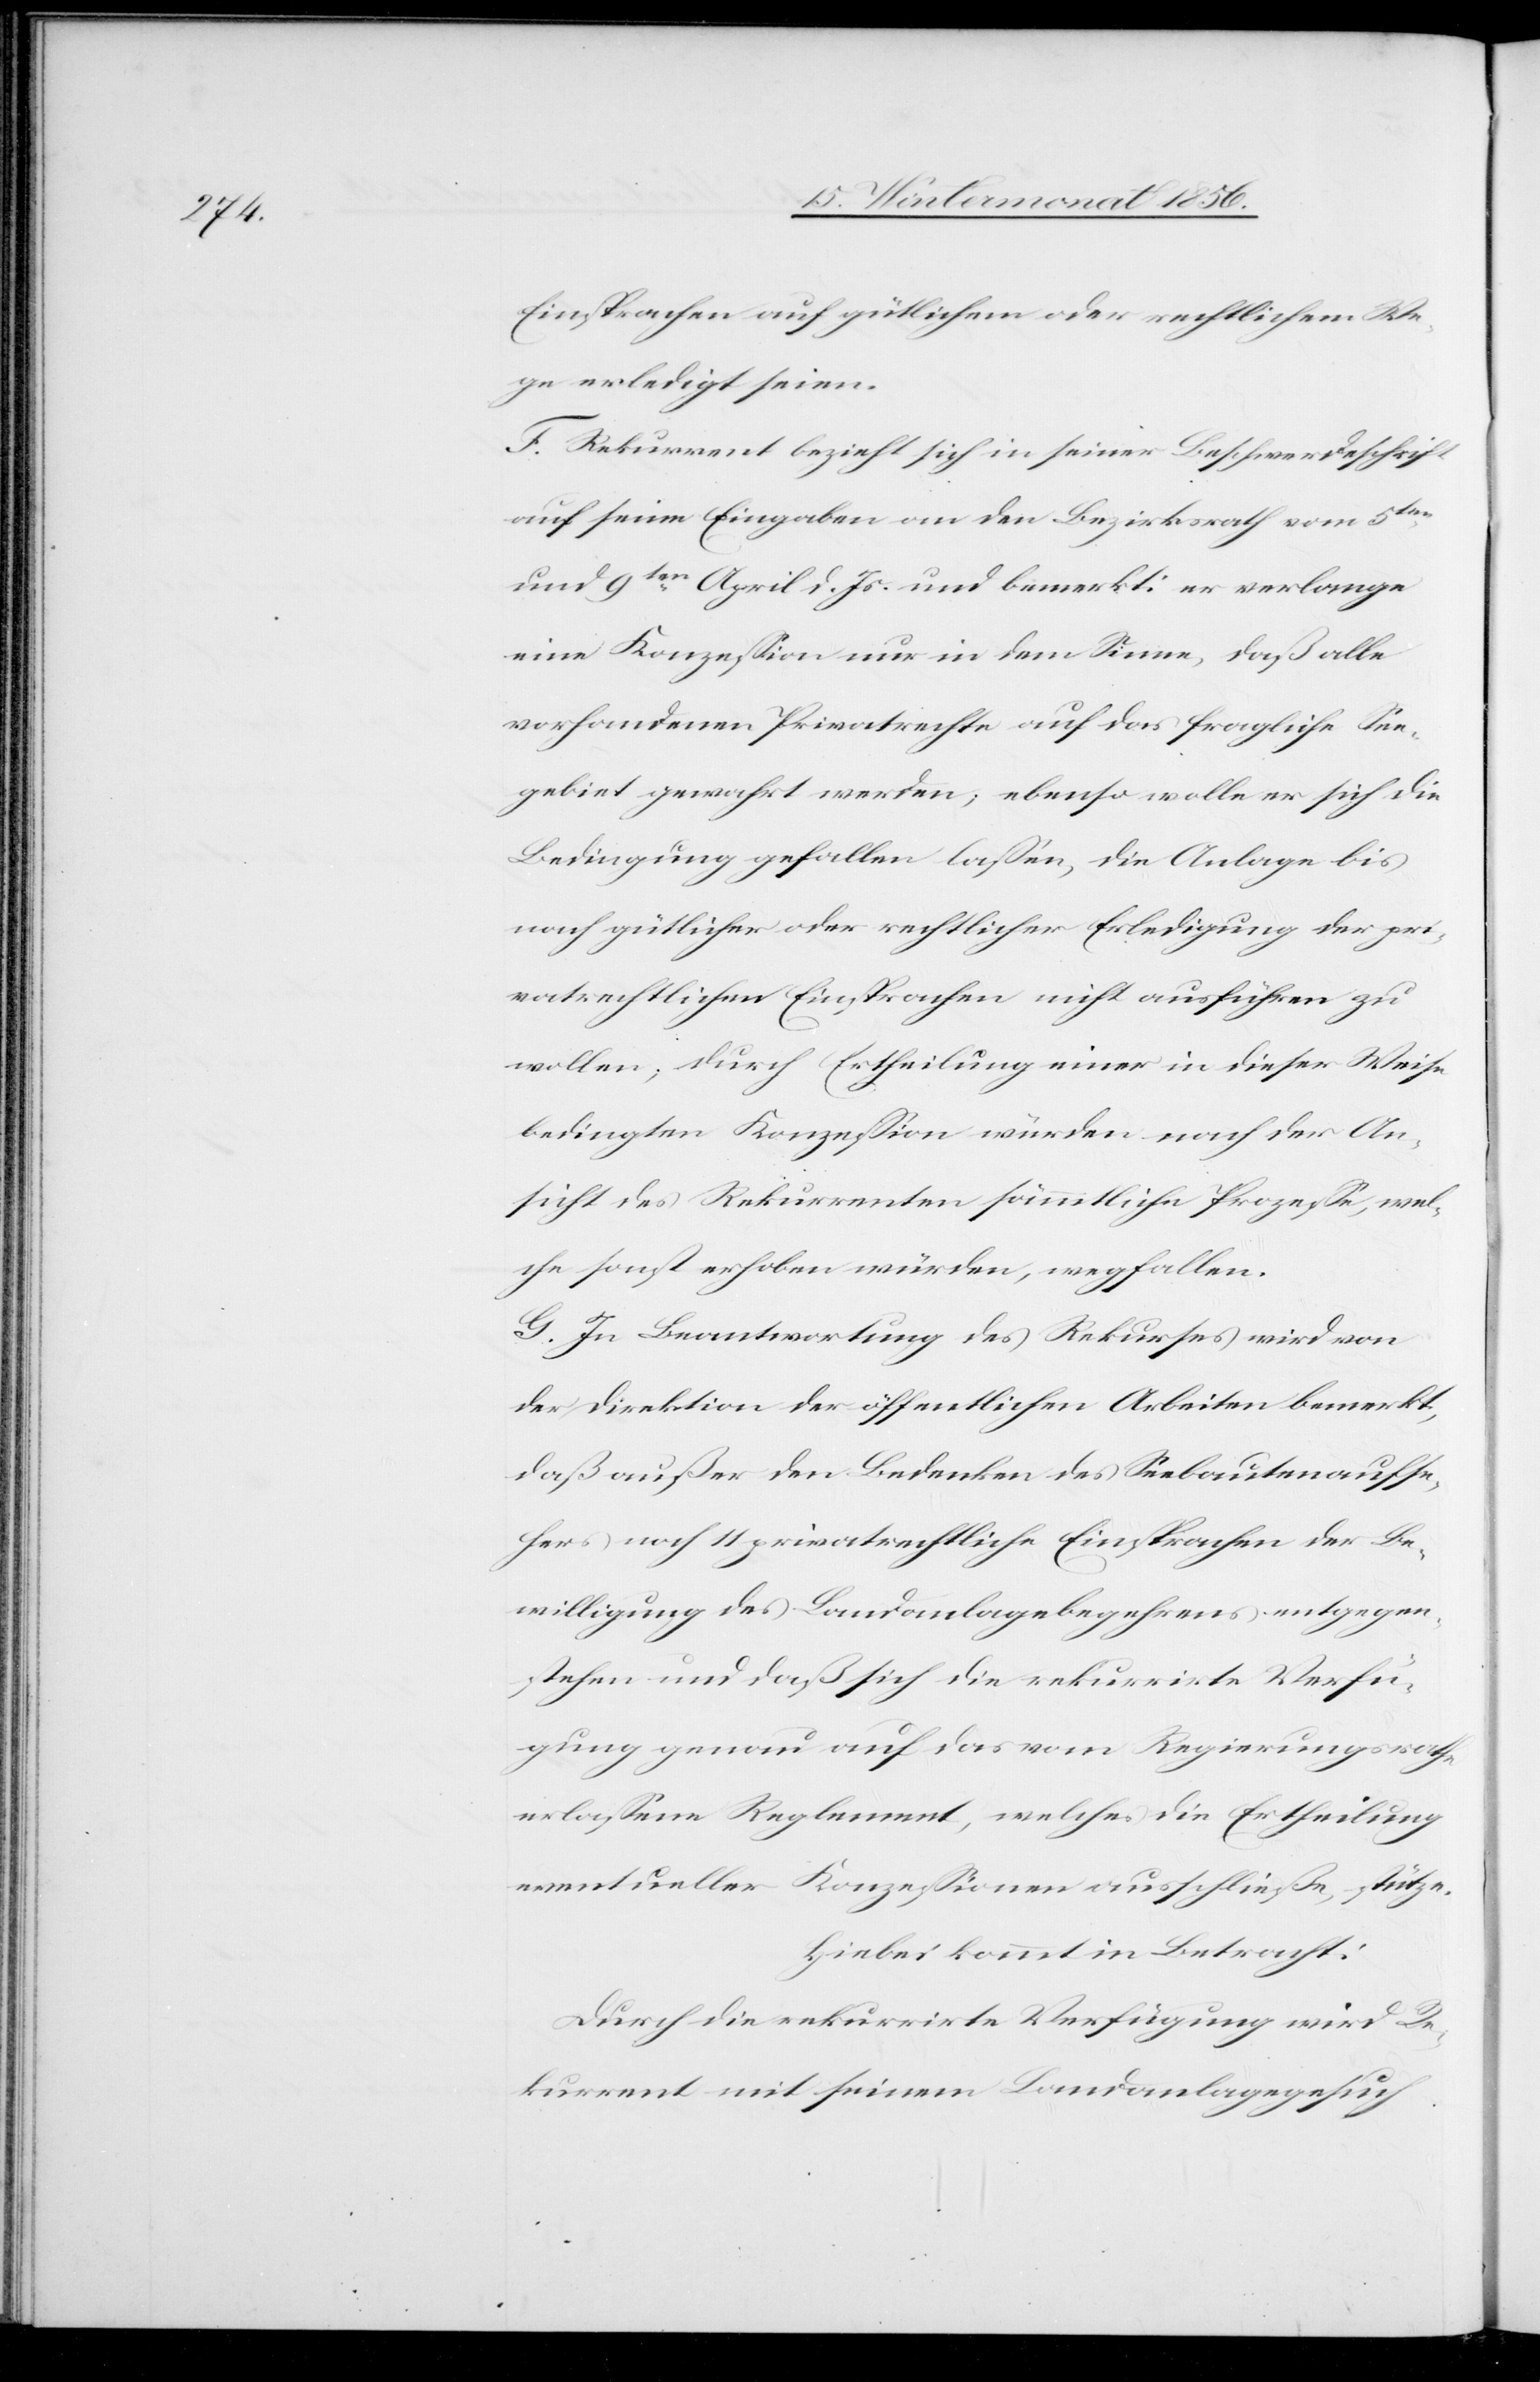
Einsprachen auf gütlichem oder rechtlichem We¬
ge erledigt seien.
F. Rekurrent bezieht sich in seiner Beschwerdeschrift
auf seine Eingaben an den Bezirksrath vom 5ten
und 9ten April d. Js. und bemerkt: er verlange
eine Konzession nur in dem Sinne, daß alle
vorhandenen Privatrechte auf das fragliche See¬
gebiet gewahrt werden; ebenso wolle er sich die
Bedingung gefallen lassen, die Anlage bis
nach gütlicher oder rechtlicher Erledigung der pri¬
vatrechtlichen Einsprachen nicht ausführen zu
wollen; durch Ertheilung einer in dieser Weise
bedingten Konzession würden nach der An¬
sicht des Rekurrenten sämmtliche Prozesse, wel¬
che sonst erhoben würden, wegfallen.
G. In Beantwortung des Rekurses wird von
der Direktion der öffentlichen Arbeiten bemerkt,
daß außer den Bedenken des Seebautenaufse¬
hers noch 11 privatrechtliche Einsprachen der Be¬
willigung des Landanlagebegehrens entgegen¬
stehen und daß sich die rekurrirte Verfü¬
gung genau auf das vom Regierungsrathe
erlassene Reglement, welches die Ertheilung
eventueller Konzessionen ausschließe, stütze.
Hiebei kommt in Betracht:
Durch die rekurrirte Verfügung wird Re¬
kurrent mit seinem Landanlagegesuch